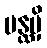
ပန္ထမှိ